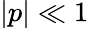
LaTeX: |p|\ll 1